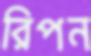
রিপন